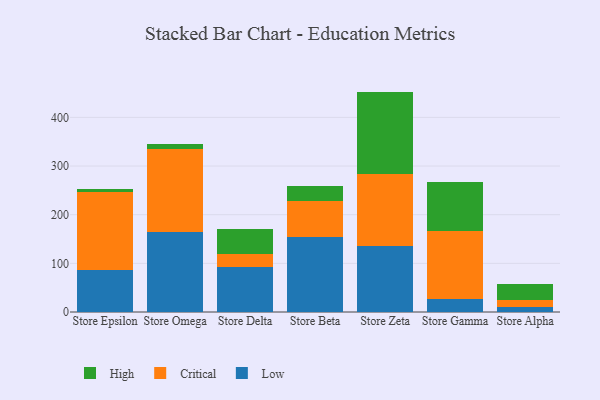
{"axis": {"x": "Store", "y": "Website Visitors"}, "legend": ["Critical", "High", "Low"], "data": [{"x": "Store Epsilon", "y": 85.6, "type": "Low"}, {"x": "Store Epsilon", "y": 161.8, "type": "Critical"}, {"x": "Store Epsilon", "y": 5.6, "type": "High"}, {"x": "Store Omega", "y": 163.9, "type": "Low"}, {"x": "Store Omega", "y": 171.1, "type": "Critical"}, {"x": "Store Omega", "y": 10.5, "type": "High"}, {"x": "Store Delta", "y": 93.1, "type": "Low"}, {"x": "Store Delta", "y": 25.2, "type": "Critical"}, {"x": "Store Delta", "y": 52.2, "type": "High"}, {"x": "Store Beta", "y": 154.0, "type": "Low"}, {"x": "Store Beta", "y": 74.8, "type": "Critical"}, {"x": "Store Beta", "y": 29.5, "type": "High"}, {"x": "Store Zeta", "y": 135.0, "type": "Low"}, {"x": "Store Zeta", "y": 148.7, "type": "Critical"}, {"x": "Store Zeta", "y": 169.3, "type": "High"}, {"x": "Store Gamma", "y": 27.0, "type": "Low"}, {"x": "Store Gamma", "y": 138.5, "type": "Critical"}, {"x": "Store Gamma", "y": 101.4, "type": "High"}, {"x": "Store Alpha", "y": 11.1, "type": "Low"}, {"x": "Store Alpha", "y": 12.9, "type": "Critical"}, {"x": "Store Alpha", "y": 32.9, "type": "High"}]}